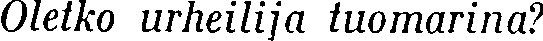
Oletko urheilija tuomarina?